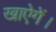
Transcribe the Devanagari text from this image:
खाऐगें।